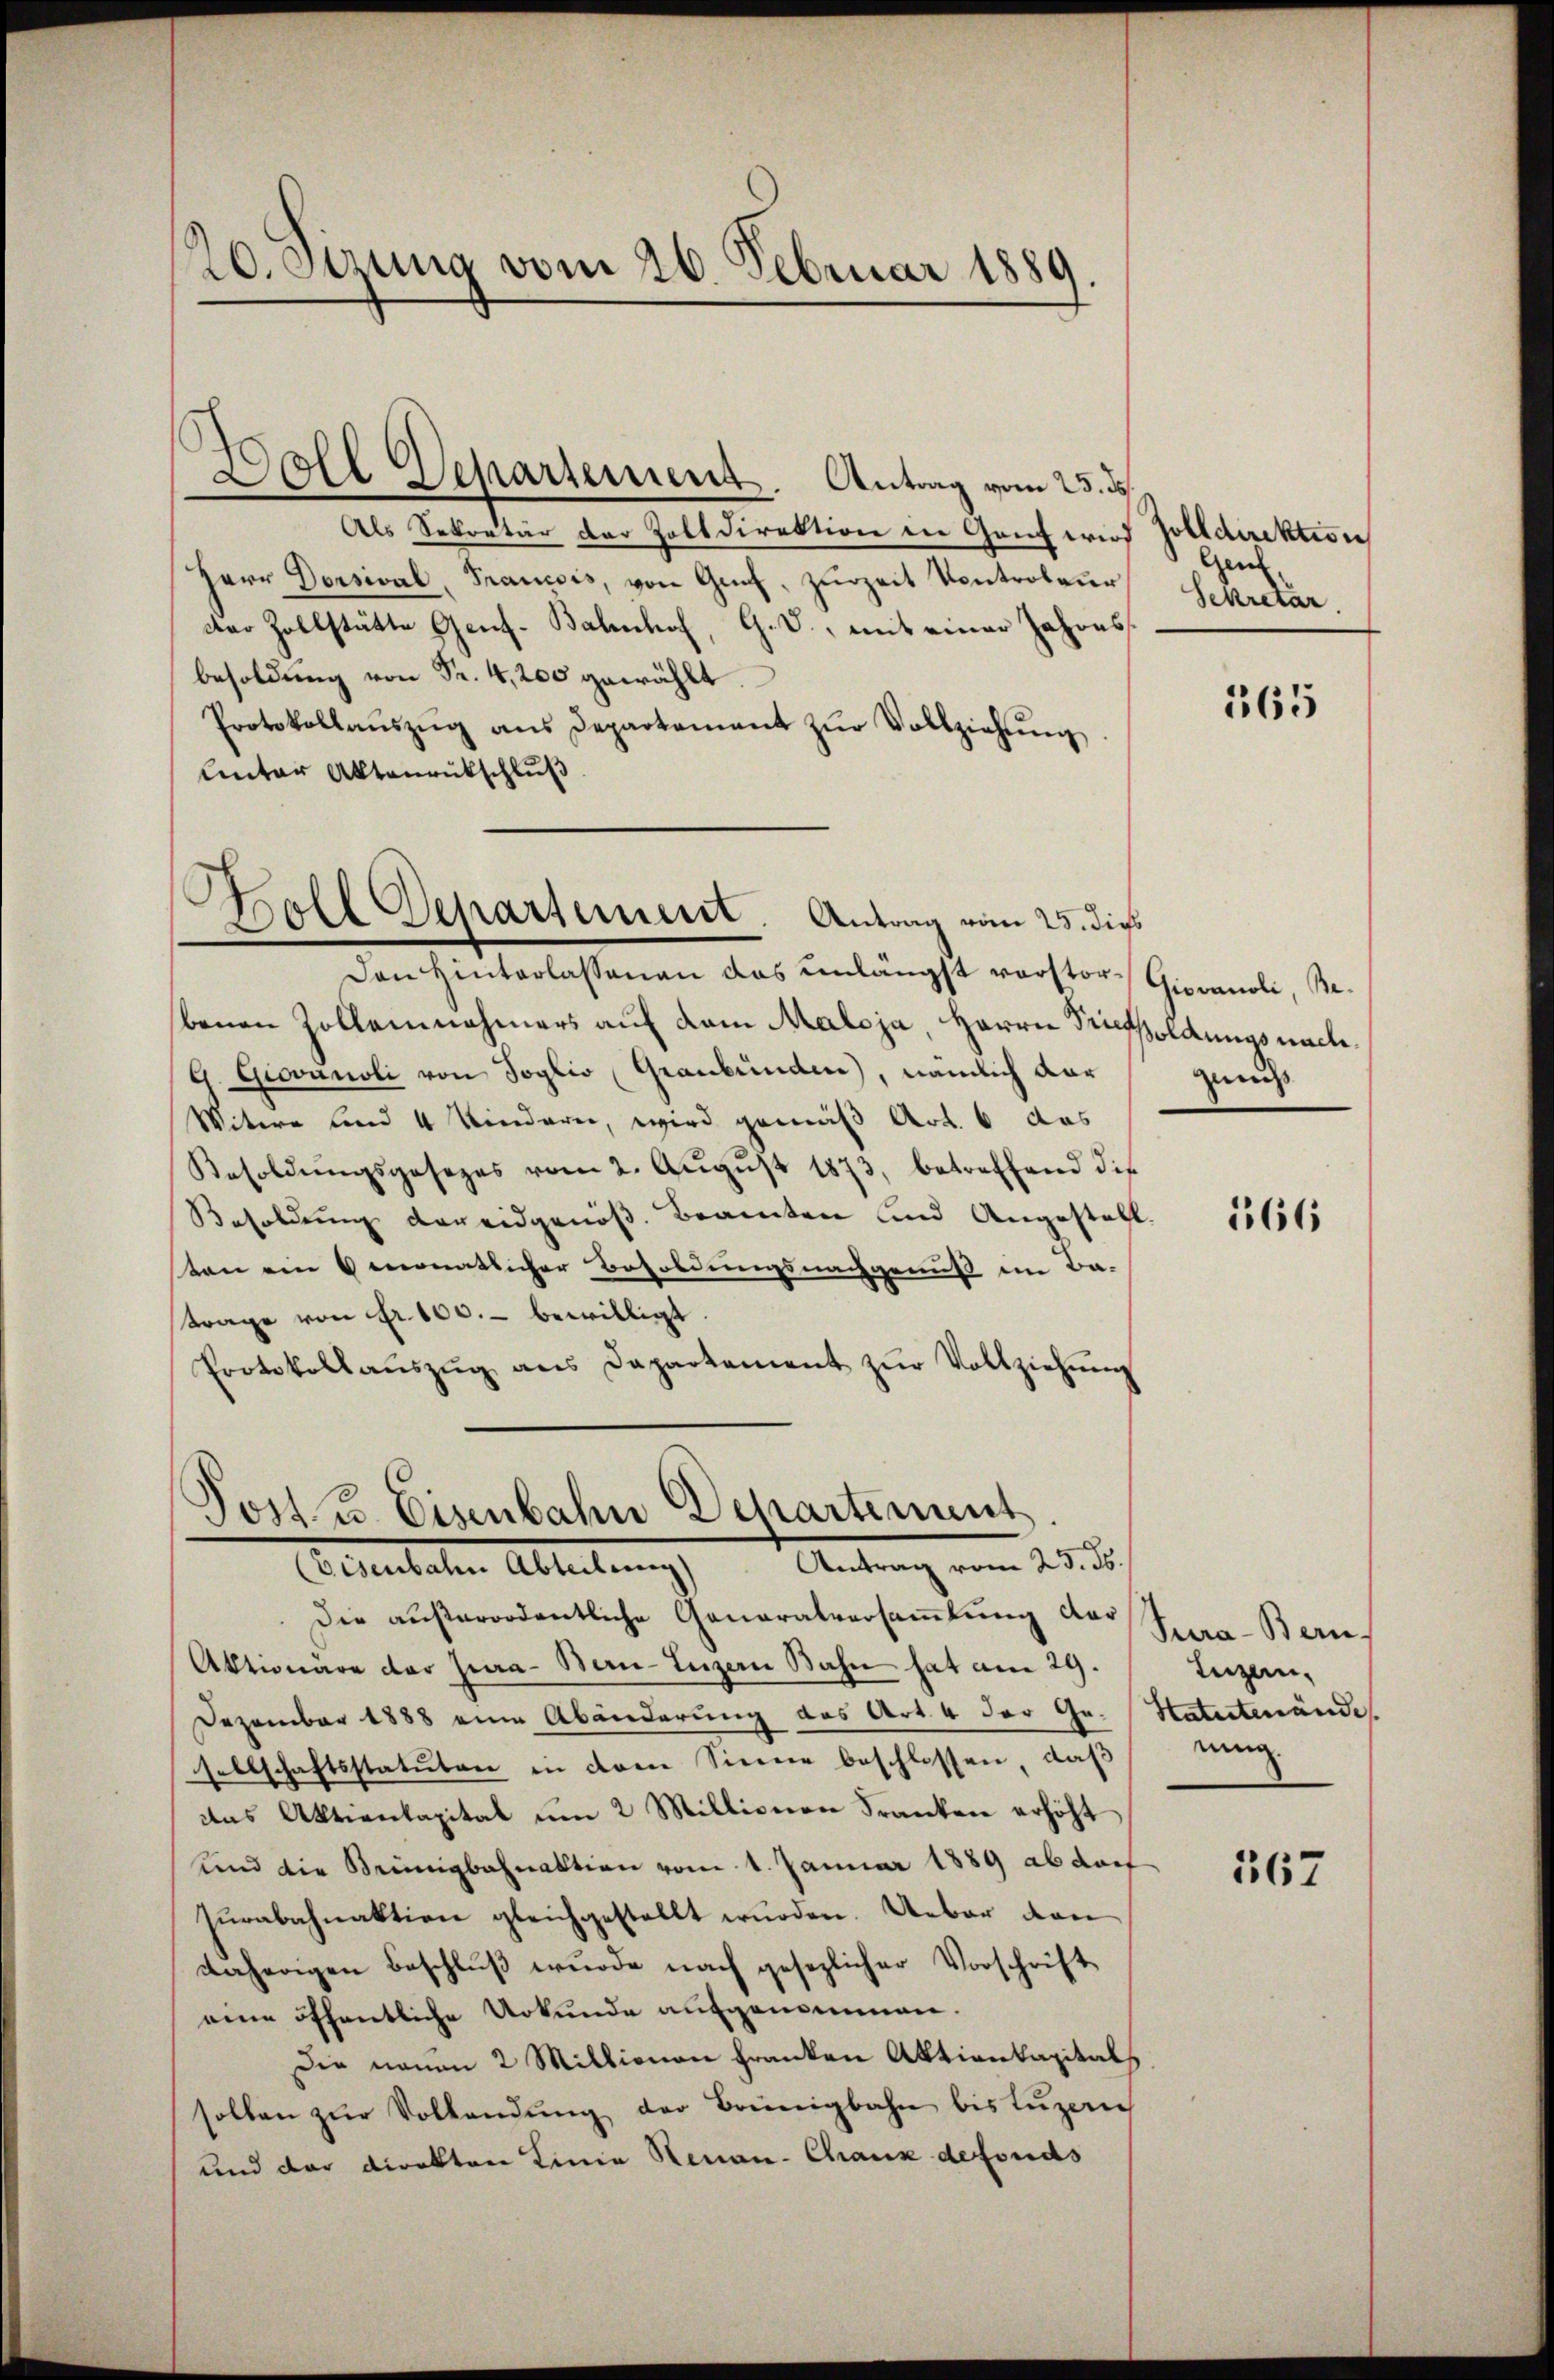
20. Sitzung vom 26. Februar 1889.

Als Sekretär der Zolldirektion in Genf wird Zolldirektion
Herr Dorsival, Francois, von Genf, zurzeit Kontroleur
dter Zollstätte Genf. Bahnhof, G. T., mit einer Jahres
besoldŭng von Fr. 4,200 gewählt.
Protokollaŭszŭg ans Departement zŭr Vollziehŭng
Unter Aktenrückschluß
Den Hinterlassenen das unlängst vorstor-Giovanoli, Bebenen Zolleinahmers auf dem Maloja, Herrn Tiefsoldungsnach¬
G. Giovanoli von Soglio Graubünden, nämlich dar
Witwe und 4 Kinderer, wird gemäß Art. 6 das
Besoldŭngsgesezes vom 2. Aŭgŭst 1873, betreffend die
Besoldung der eidgenöß. Beamten und Angestatt.
ten ein 6 monatlicher Besoldungsnachgenuß im Ba-
trage von Fr. 100.- bewilligt.
Protokollaŭszŭg ans Departement zŭr Vollziehŭng

Doll Departement. Antrag vom 23. ds

Boll Departement. Antrag vom 25. dies

Jost u. Eisenbahn Departement
(visenbahn Abteilung). Antrag vom 23. ds.

Die außerordentliche Generalversammlung dar
Aktionäre der Jura - Bau-Luzern Bahn hat am 29.
Dezember 1888 eine Abänderung des Art. 4 der Gesellschaftsstatuten in dem Sinne beschlossen, daβ
das Aktienkapital um 2 Millionen Franken erhöht
und die Brünigbahnaktion vom 1. Januar 1889 ab darf
Tŭrabahnaktion gleichgestellt wurden. Ueber dan
daherigen Beschluß wurde nach gesezlicher Vorschrift
eine öffentliche Urkunde aufgenommen.
Die neuen 2 Millionen Franken Aktienkapital
sollen zŭr Volkendŭng der Brünigbahn bis Luzerich
und der Direkten Linie Neuan-Chaux defonds

Gen.
Sekretar.

165

zmus

166

Tura-Bern,
Iuzern,
Statutenände
ning

167